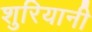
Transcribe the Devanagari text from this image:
शुरियानी